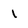
Character: 1